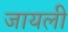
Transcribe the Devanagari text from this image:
जायली